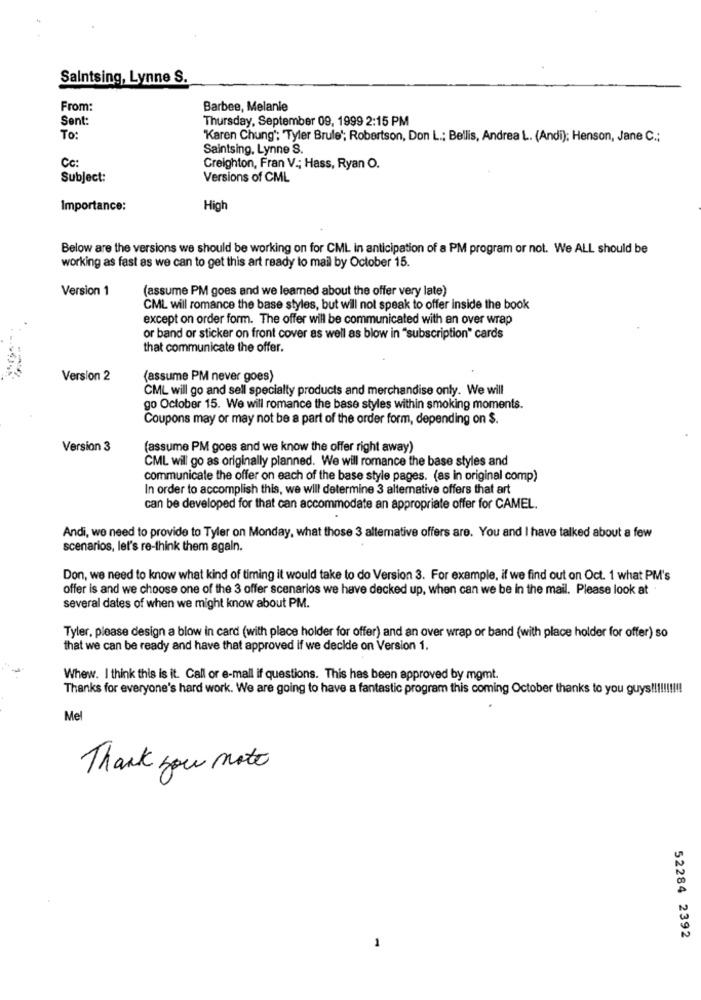
Saintsing, Lynne S.
From:
Barbee, Melanie
Sent:
Thursday, September 09, 1999 2:15 PM
To:
'Karen Chung"; "Tyler Brule'; Robertson, Don L .; Bellis, Andrea L. (Andi); Henson, Jane C .;
Saintsing, Lynne S.
Cc:
Creighton, Fran V .; Hass, Ryan O.
Subject:
Versions of CML
Importance:
High
Below are the versions we should be working on for CML in anticipation of a PM program or not. We ALL should be
working as fast as we can to get this art ready to mail by October 15.
Version 1
(assume PM goes and we learned about the offer very late)
CML will romance the base styles, but will not speak to offer inside the book
except on order form. The offer will be communicated with an over wrap
or band or sticker on front cover as well as blow in "subscription" cards
that communicate the offer.
Version 2
(assume PM never goes)
CML will go and sell specialty products and merchandise only. We will
go October 15. We will romance the base styles within smoking moments.
Coupons may or may not be a part of the order form, depending on $.
Version 3
(assume PM goes and we know the offer right away)
CML will go as originally planned. We will romance the base styles and
communicate the offer on each of the base style pages. (as in original comp)
In order to accomplish this, we will determine 3 alternative offers that art
can be developed for that can accommodate an appropriate offer for CAMEL.
Andi, we need to provide to Tyler on Monday, what those 3 alternative offers are. You and I have talked about a few
scenarios, let's re-think them again.
Don, we need to know what kind of timing it would take to do Version 3. For example, if we find out on Oct. 1 what PM's
offer is and we choose one of the 3 offer scenarios we have decked up, when can we be in the mail. Please look at
several dates of when we might know about PM.
Tyler, please design a blow in card (with place holder for offer) and an over wrap or band (with place holder for offer) so
that we can be ready and have that approved if we deckle on Version 1.
Whew. I think this is it. Call or e-mail if questions. This has been approved by mgmt.
Thanks for everyone's hard work. We are going to have a fantastic program this coming October thanks to you guys !!!!!!!!!!
Mel
Thank you note
52284 2392
-